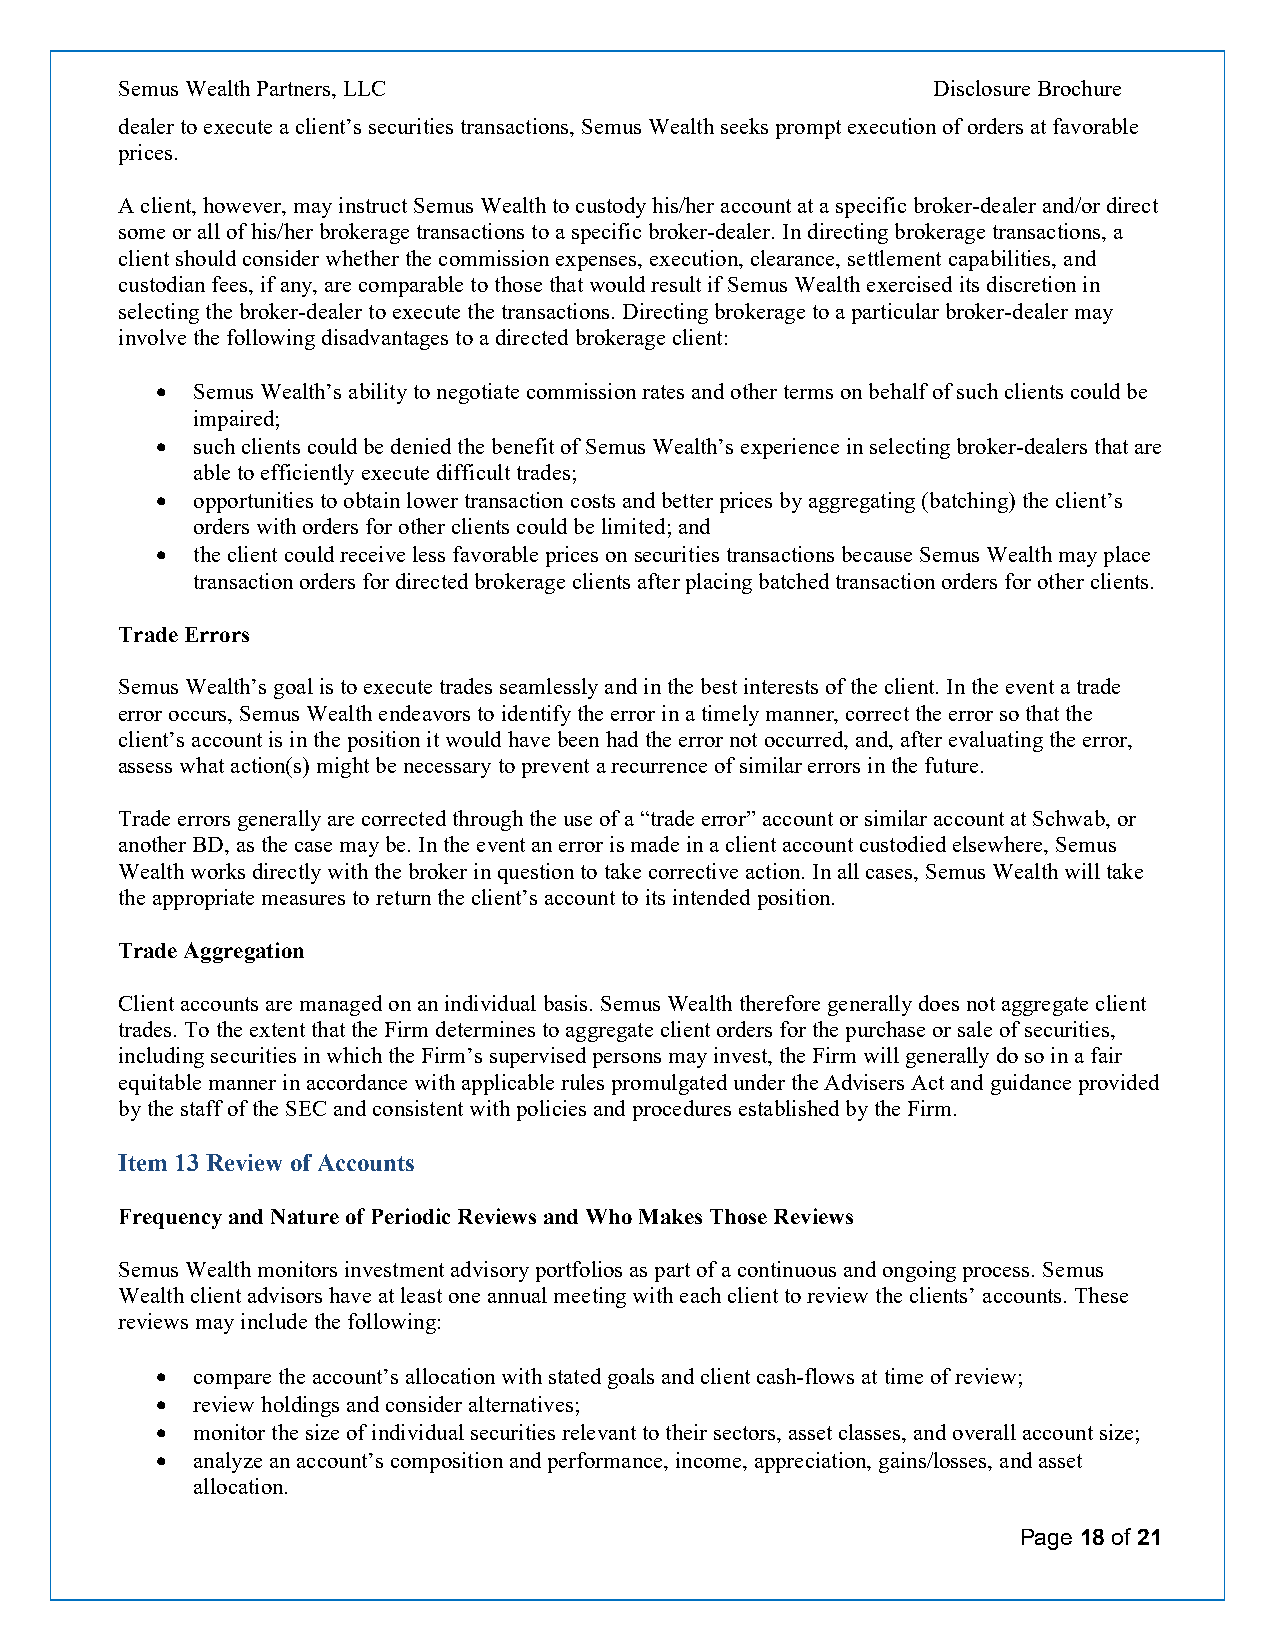
Semus Wealth Partners, LLC                            Disclosure Brochure
 dealer to execute a client’s securities transactions, Semus Wealth seeks prompt execution of orders at favorable
 prices.
 A client, however, may instruct Semus Wealth to custody his/her account at a specific broker-dealer and/or direct
 some or all of his/her brokerage transactions to a specific broker-dealer. In directing brokerage transactions, a
 client should consider whether the commission expenses, execution, clearance, settlement capabilities, and
 custodian fees, if any, are comparable to those that would result if Semus Wealth exercised its discretion in
 selecting the broker-dealer to execute the transactions. Directing brokerage to a particular broker-dealer may
 involve the following disadvantages to a directed brokerage client:
   Semus Wealth’s ability to negotiate commission rates and other terms on behalf of such clients could be
 impaired;
   such clients could be denied the benefit of Semus Wealth’s experience in selecting broker-dealers that are
 able to efficiently execute difficult trades;
   opportunities to obtain lower transaction costs and better prices by aggregating (batching) the client’s
 orders with orders for other clients could be limited; and
   the client could receive less favorable prices on securities transactions because Semus Wealth may place
 transaction orders for directed brokerage clients after placing batched transaction orders for other clients.
 Trade Errors
 Semus Wealth’s goal is to execute trades seamlessly and in the best interests of the client. In the event a trade
 error occurs, Semus Wealth endeavors to identify the error in a timely manner, correct the error so that the
 client’s account is in the position it would have been had the error not occurred, and, after evaluating the error,
 assess what action(s) might be necessary to prevent a recurrence of similar errors in the future.
 Trade errors generally are corrected through the use of a “trade error” account or similar account at Schwab, or
 another BD, as the case may be. In the event an error is made in a client account custodied elsewhere, Semus
 Wealth works directly with the broker in question to take corrective action. In all cases, Semus Wealth will take
 the appropriate measures to return the client’s account to its intended position.
 Trade Aggregation
 Client accounts are managed on an individual basis. Semus Wealth therefore generally does not aggregate client
 trades. To the extent that the Firm determines to aggregate client orders for the purchase or sale of securities,
 including securities in which the Firm’s supervised persons may invest, the Firm will generally do so in a fair
 equitable manner in accordance with applicable rules promulgated under the Advisers Act and guidance provided
 by the staff of the SEC and consistent with policies and procedures established by the Firm.
 Item 13 Review of Accounts
 Frequency and Nature of Periodic Reviews and Who Makes Those Reviews
 Semus Wealth monitors investment advisory portfolios as part of a continuous and ongoing process. Semus
 Wealth client advisors have at least one annual meeting with each client to review the clients’ accounts. These
 reviews may include the following:
   compare the account’s allocation with stated goals and client cash-flows at time of review;
   review holdings and consider alternatives;
   monitor the size of individual securities relevant to their sectors, asset classes, and overall account size;
   analyze an account’s composition and performance, income, appreciation, gains/losses, and asset
 allocation.
 Page 18 of 21